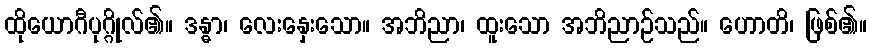
ထိုယောဂီပုဂ္ဂိုလ်၏။ ဒန္ဓာ၊ လေးနှေးသော။ အဘိညာ၊ ထူးသော အဘိညာဉ်သည်။ ဟောတိ၊ ဖြစ်၏။